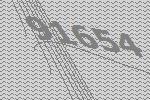
91654